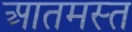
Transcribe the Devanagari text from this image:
आतमस्त